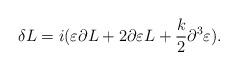
LaTeX: \begin{align*}\delta L = i( \varepsilon \partial L + 2 \partial \varepsilon L +{k\over 2} \partial^3 \varepsilon). \end{align*}